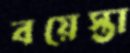
বয়েস্তা